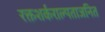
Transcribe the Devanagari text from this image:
रक्तशर्कराल्पताजनित